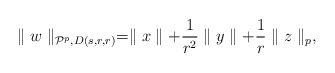
\begin{align*}\parallel w\parallel_{\mathcal{P}^p,D(s,r,r)}=\parallel x\parallel+\frac1{r^2}\parallel y\parallel+\frac1{r}\parallel z\parallel_p, \end{align*}